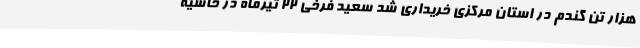
هزار تن گندم در استان مرکزی خریداری شد سعید فرخی 22 تیرماه در حاشیه